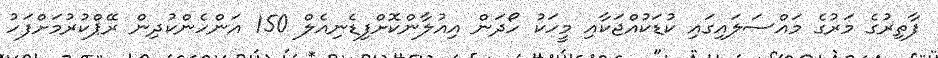
ފާތިރުގެ މަރުގެ މައްސަލައިގައި ކުޑަކުއްޖަކާއި މީހަކު ހޯދަން އިއުލާންކޮށްފިޑެނިއެލް 150 އަންހެންކުދިން ރޭޕްކުރުމަށްފަހު